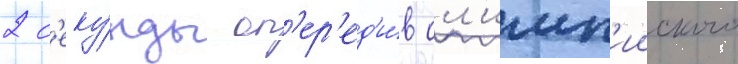
2 с'еку́нды оп'ер'ед'и́в ол'имп'ииского